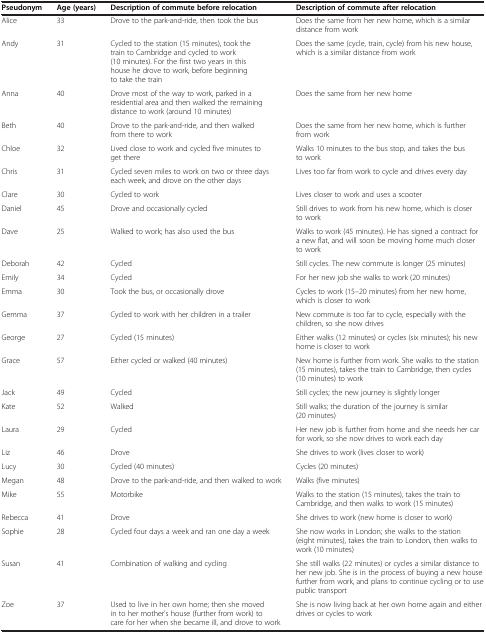
<table><thead><tr><td><b>Pseudonym</b></td><td><b>Age (years)</b></td><td><b>Description of commute before relocation</b></td><td><b>Description of commute after relocation</b></td></tr></thead><tbody><tr><td>Alice</td><td>33</td><td>Drove to the park-and-ride, then took the bus</td><td>Does the same from her new home, which is a similar distance from work</td></tr><tr><td>Andy</td><td>31</td><td>Cycled to the station (15 minutes), took the train to Cambridge and cycled to work (10 minutes). For the first two years in this house he drove to work, before beginning to take the train</td><td>Does the same (cycle, train, cycle) from his new house, which is a similar distance from work</td></tr><tr><td>Anna</td><td>40</td><td>Drove most of the way to work, parked in a residential area and then walked the remaining distance to work (around 10 minutes)</td><td>Does the same from her new home</td></tr><tr><td>Beth</td><td>40</td><td>Drove to the park-and-ride, and then walked from there to work</td><td>Does the same from her new home, which is further from work</td></tr><tr><td>Chloe</td><td>32</td><td>Lived close to work and cycled five minutes to get there</td><td>Walks 10 minutes to the bus stop, and takes the bus to work</td></tr><tr><td>Chris</td><td>31</td><td>Cycled seven miles to work on two or three days each week, and drove on the other days</td><td>Lives too far from work to cycle and drives every day</td></tr><tr><td>Clare</td><td>30</td><td>Cycled to work</td><td>Lives closer to work and uses a scooter</td></tr><tr><td>Daniel</td><td>45</td><td>Drove and occasionally cycled</td><td>Still drives to work from his new home, which is closer to work</td></tr><tr><td>Dave</td><td>25</td><td>Walked to work; has also used the bus</td><td>Walks to work (45 minutes). He has signed a contract for a new flat, and will soon be moving home much closer to work</td></tr><tr><td>Deborah</td><td>42</td><td>Cycled</td><td>Still cycles. The new commute is longer (25 minutes)</td></tr><tr><td>Emily</td><td>34</td><td>Cycled</td><td>For her new job she walks to work (20 minutes)</td></tr><tr><td>Emma</td><td>30</td><td>Took the bus, or occasionally drove</td><td>Cycles to work (15–20 minutes) from her new home, which is closer to work</td></tr><tr><td>Gemma</td><td>37</td><td>Cycled to work with her children in a trailer</td><td>New commute is too far to cycle, especially with the children, so she now drives</td></tr><tr><td>George</td><td>27</td><td>Cycled (15 minutes)</td><td>Either walks (12 minutes) or cycles (six minutes); his new home is closer to work</td></tr><tr><td>Grace</td><td>57</td><td>Either cycled or walked (40 minutes)</td><td>New home is further from work. She walks to the station (15 minutes), takes the train to Cambridge, then cycles (10 minutes) to work</td></tr><tr><td>Jack</td><td>49</td><td>Cycled</td><td>Still cycles; the new journey is slightly longer</td></tr><tr><td>Kate</td><td>52</td><td>Walked</td><td>Still walks; the duration of the journey is similar (20 minutes)</td></tr><tr><td>Laura</td><td>29</td><td>Cycled</td><td>Her new job is further from home and she needs her car for work, so she now drives to work each day</td></tr><tr><td>Liz</td><td>46</td><td>Drove</td><td>She drives to work (lives closer to work)</td></tr><tr><td>Lucy</td><td>30</td><td>Cycled (40 minutes)</td><td>Cycles (20 minutes)</td></tr><tr><td>Megan</td><td>48</td><td>Drove to the park-and-ride, and then walked to work</td><td>Walks (five minutes)</td></tr><tr><td>Mike</td><td>55</td><td>Motorbike</td><td>Walks to the station (15 minutes), takes the train to Cambridge, and then walks to work (15 minutes)</td></tr><tr><td>Rebecca</td><td>41</td><td>Drove</td><td>She drives to work (new home is closer to work)</td></tr><tr><td>Sophie</td><td>28</td><td>Cycled four days a week and ran one day a week</td><td>She now works in London; she walks to the station (eight minutes), takes the train to London, then walks to work (10 minutes)</td></tr><tr><td>Susan</td><td>41</td><td>Combination of walking and cycling</td><td>She still walks (22 minutes) or cycles a similar distance to her new job. She is in the process of buying a new house further from work, and plans to continue cycling or to use public transport</td></tr><tr><td>Zoe</td><td>37</td><td>Used to live in her own home; then she moved in to her mother’s house (further from work) to care for her when she became ill, and drove to work</td><td>She is now living back at her own home again and either drives or cycles to work</td></tr></tbody></table>